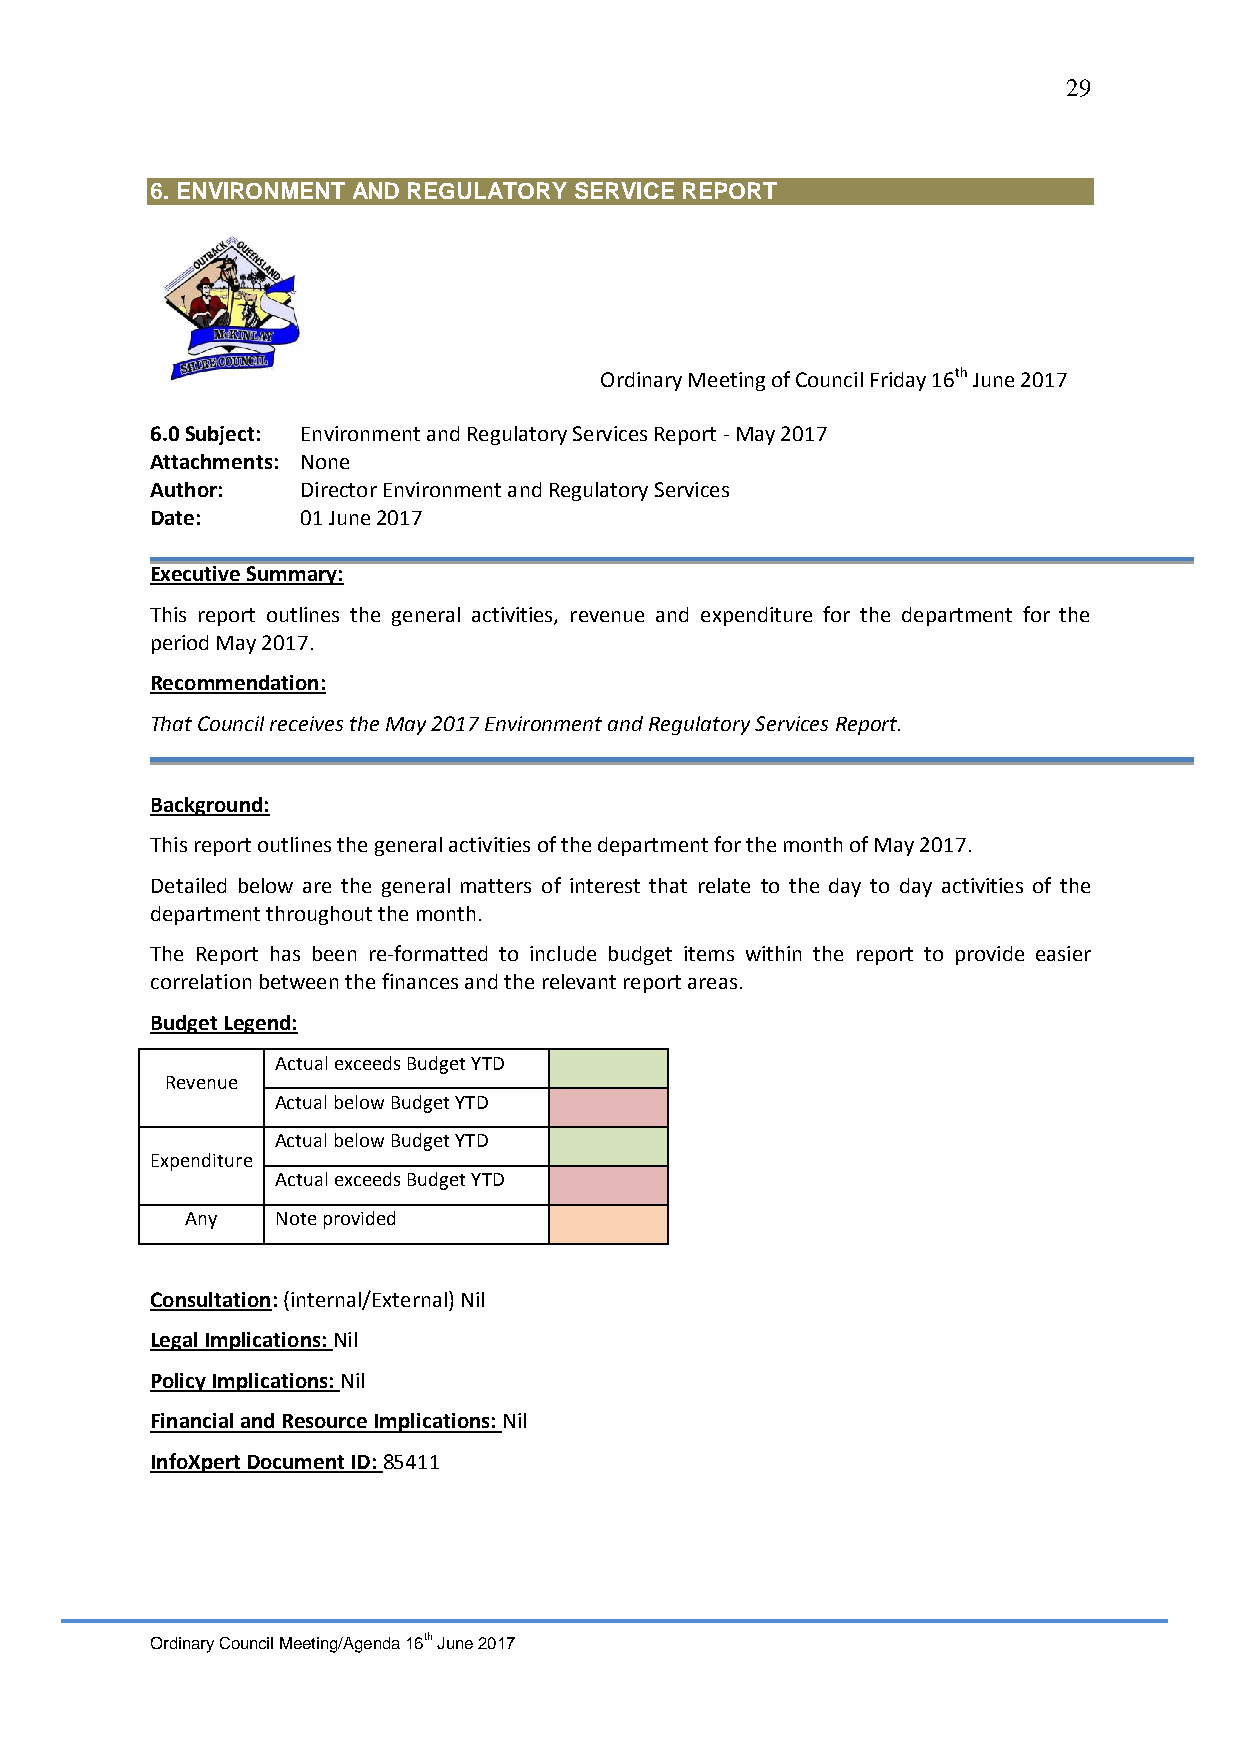
29
 6. ENVIRONMENT AND REGULATORY SERVICE REPORT
 Ordinary Meeting of Council Friday 16th June 2017
 6.0 Subject: Environment and Regulatory Services Report - May 2017
 Attachments: None
 Author:   Director Environment and Regulatory Services
 Date:     01 June 2017
 Executive Summary:
 This report outlines the general activities, revenue and expenditure for the department for the
 period May 2017.
 Recommendation:
 That Council receives the May 2017 Environment and Regulatory Services Report.
 Background:
 This report outlines the general activities of the department for the month of May 2017.
 Detailed below are the general matters of interest that relate to the day to day activities of the
 department throughout the month.
 The Report has been re-formatted to include budget items within the report to provide easier
 correlation between the finances and the relevant report areas.
 Budget Legend:
 Actual exceeds Budget YTD
 Revenue
 Actual below Budget YTD
 Actual below Budget YTD
 Expenditure
 Actual exceeds Budget YTD
 Any   Note provided
 Consultation: (internal/External) Nil
 Legal Implications: Nil
 Policy Implications: Nil
 Financial and Resource Implications: Nil
 InfoXpert Document ID: 85411
 Ordinary Council Meeting/Agenda 16th June 2017